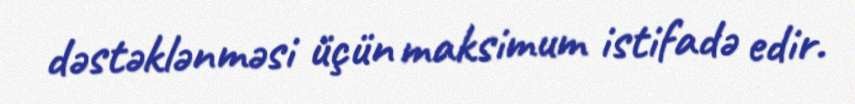
dəstəklənməsi üçün maksimum istifadə edir.